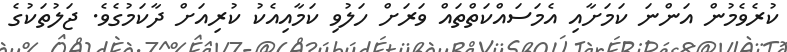
ކުރެވެމުން އަންނަ ކަމަށާއި އެމަސައްކަތްތައް ވަރަށް ހަލުވި ކަމާއިއެކު ކުރިއަށް ދާކަމުގެވެ. ޖަލުތަކުގެ